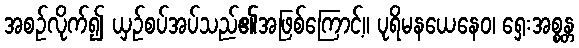
အစဉ်လိုက်၍ ယှဉ်စပ်အပ်သည်၏အဖြစ်ကြောင့်။ ပုရိမနယေနေဝ၊ ရှေးအစ္စန္တ